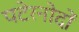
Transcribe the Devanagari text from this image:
पटेरनोदों